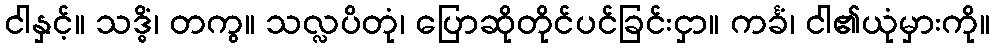
ငါနှင့်။ သဒ္ဓိံ၊ တကွ။ သလ္လပိတုံ၊ ပြောဆိုတိုင်ပင်ခြင်းငှာ။ ကင်္ခံ၊ ငါ၏ယုံမှားကို။